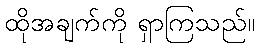
ထိုအချက်ကို ရှာကြသည်။